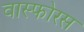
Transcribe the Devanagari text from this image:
वास्फोरस